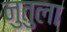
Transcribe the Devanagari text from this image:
नुतुला